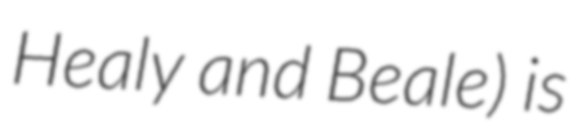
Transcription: Healy and Beale) is